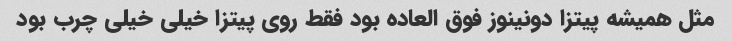
مثل همیشه پیتزا دونینوز فوق العاده بود فقط روی پیتزا خیلی خیلی چرب بود